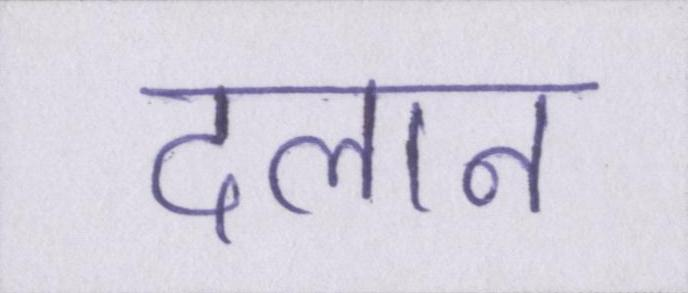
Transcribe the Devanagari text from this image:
दलान